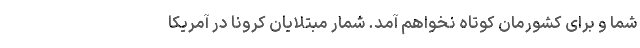
شما و برای کشورمان کوتاه نخواهم آمد. شمار مبتلایان کرونا در آمریکا